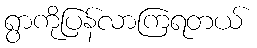
ရွာကိုပြန်လာကြရတယ်